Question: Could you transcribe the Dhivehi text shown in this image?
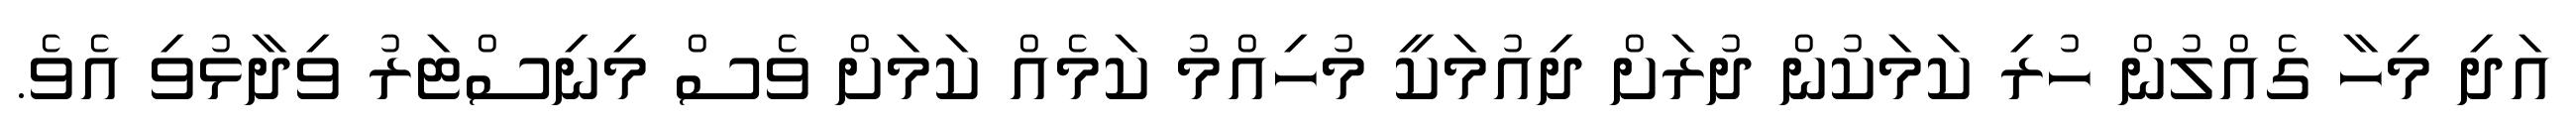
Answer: އަދި މިހާ ގެއްލުން ހުރި ކަމަކުން ދުރަށް ދިއުމަކީ މުހިއްމު ކަމެއް ކަމަށް ވެސް މިނިސްޓަރު ވިދާޅުވި އެވެ.